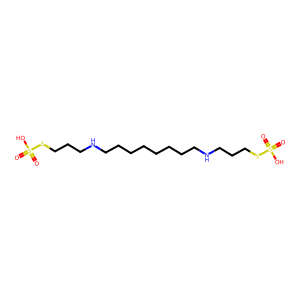
SMILES: O=S(=O)(O)SCCCNCCCCCCCCNCCCSS(=O)(=O)O
Inhibits HIV replication: No